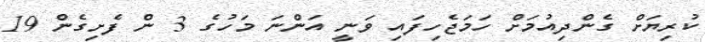
ކުރިޔަށް ގެންދިއުމަށް ހަމަޖެހިފައި ވަނީ އަންނަ މަހުގެ 3 ން ފެށިގެން 19